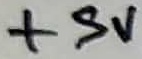
Text: +5V